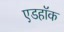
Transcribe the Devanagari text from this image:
एडहॉक